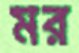
মর